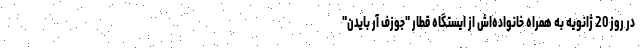
در روز 20 ژانویه به همراه خانواده‌اش از ایستگاه قطار "جوزف آر بایدن"